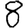
Digit: 8